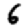
Digit: 6